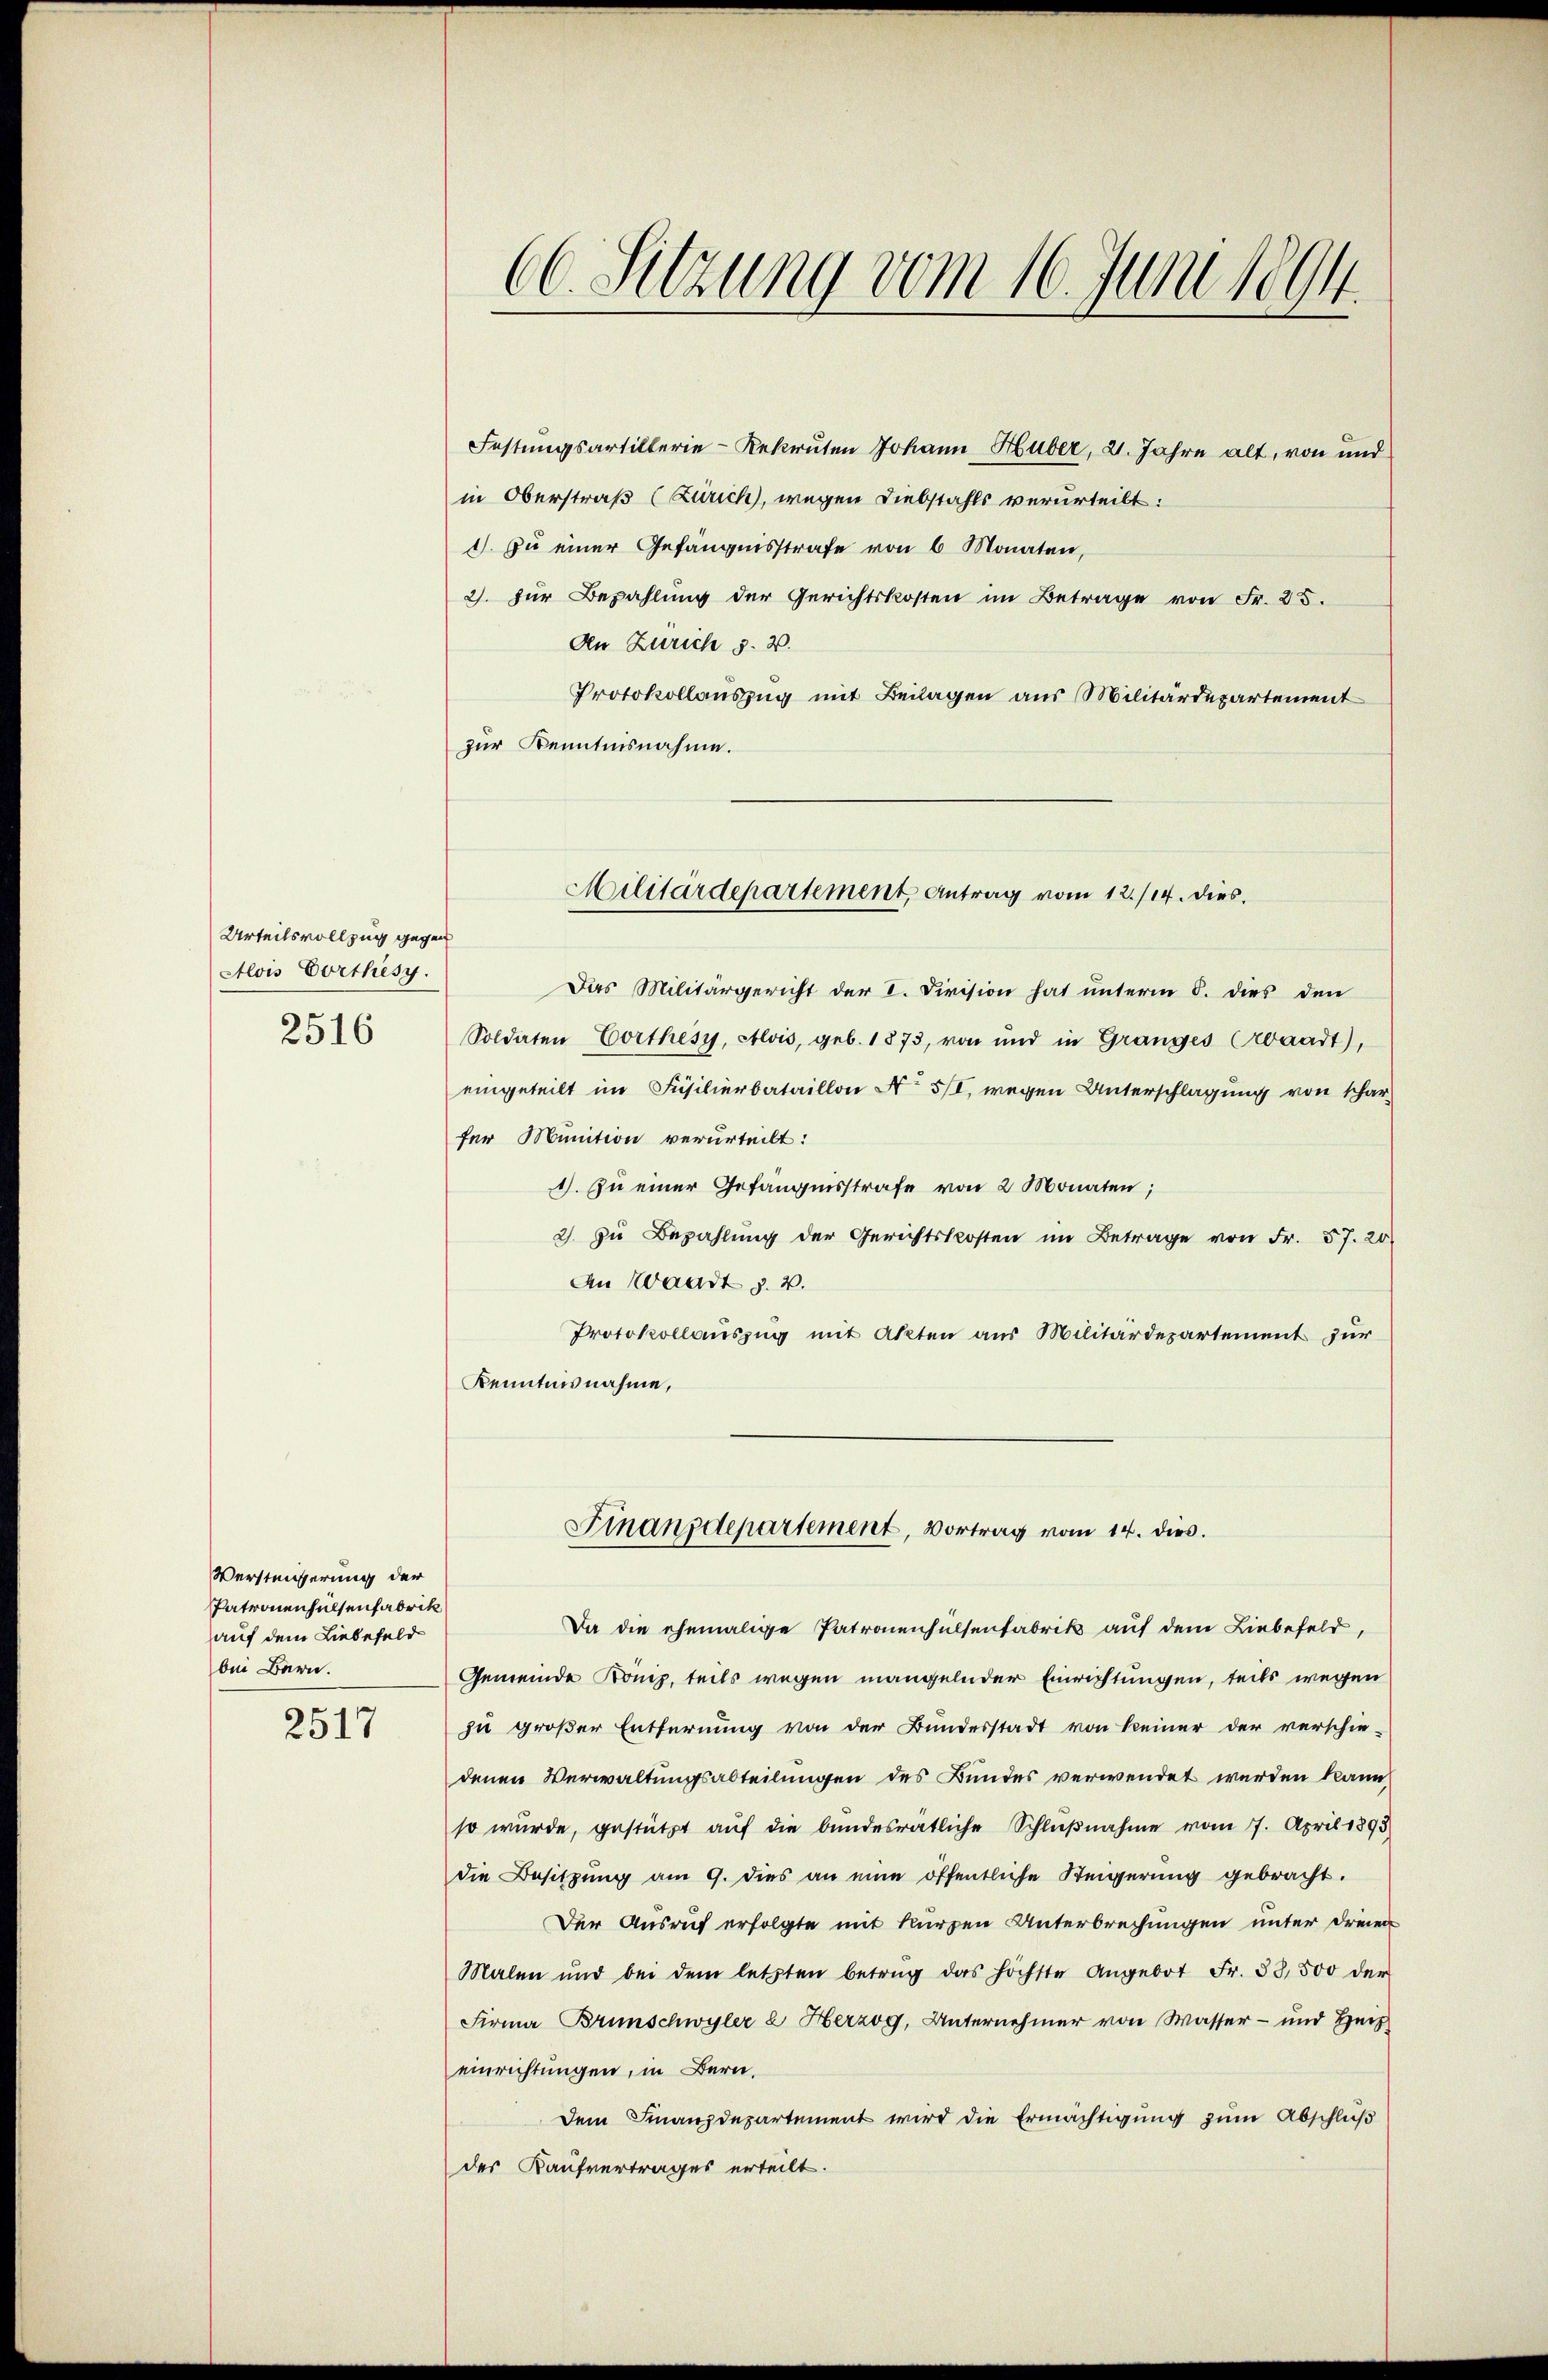
Urteilsvollzug gegen
Alois Vorthesy.

2516

Verstnisserung der
Patronenhülsenfabrik
auf dem Liebefeld
bei Bern.
2517

66. Sitzung vom 16. Juni 1894.

Festungsartillerie-Rekruten Johann Huber, 21. Jahre alt, von und
in Oberstraß (Zürich, wegen Diebstahls verurteilt:
1). Zu einer Gefängnisstrafe von 6 Monaten,
2). Für Bezahlung der Gerichtskosten im Betrage von Fr. 25.
An Zürich §. 2.
Protokollauszug mit Beilagen aus Militärdepartement
zur Kenntnisnahme.
Das Militärgericht der I. Division hat unterm 8. dies den
Soldaten Corthesy, Alois, geb. 1873, von und in Granges Erbaadt),
eingeteilt im Füsilierbataillon No 5/I, wegen Unterschlagung von scharfer Munition verurteilt:
1). Zu einer Gefängnisstrafe von 2 Monaten;
2. zu Bezahlung der Gerichtskosten im Betrage von Fr. 57. 20
An Waadt §. 2.
Protokollauszug mit Akten aus Militärdepartement zur
Kenntnisnahme,
Finanzdepartement, Vortrag vom 14. dies.
Da die ehemalige Patronenhülsenfabrik auf dem Liebefeld,
Gemeinde König, teils wegen mangelnder Einrichtungen, teils wegen
zu großer Entfernung von der Bundesstadt von keiner der verschie-
denen Verwaltungsabteilungen des Bundes verwendet werden kann,
so wurde, gestützt auf die bundesratliche Schlußnahme vom 7. April 1893
die Besitzung am 9. dies an eine öffentliche Steigerung gebracht.
Der Ausruf erfolgte mit kurzen Unterbrechungen unter dreien
Malen und bei dem letzten betrug das höchste Angebot Fr. 38,500 der
Firma Brunschwyler u Herzog, Unternehmer von Wasser- und Heiz
einrichtungen, in Bern,
dem Finanzdepartement wird die Ermächtigung zum Abschluß
des Kaufvertrages erteilt.

Militärdepartement, Antrag vom 12./14. dies